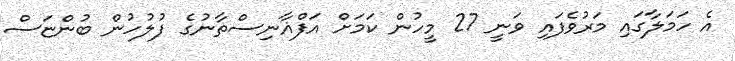
އެ ހަމަލާގައި މަރުވެފައި ވަނީ 27 މީހުން ކަމަށް އަފްޣާނިސްތާނުގެ ފުލުހުން ބުންޏަސް